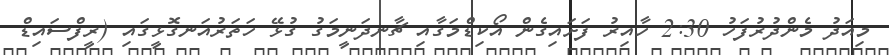
މިއަދު މެންދުރުފަހު 2:30 ހާއިރު ފަށައިގެން އޯކިޑްމަގާއި ޗާނދަނީމަގު ގުޅޭ ހަތަރުއަނގޮޅީގައި (ރީފްސައިޑް